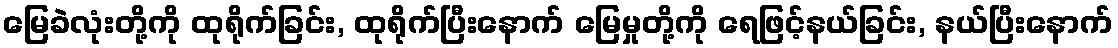
မြေခဲလုံးတို့ကို ထုရိုက်ခြင်း, ထုရိုက်ပြီးနောက် မြေမှုတို့ကို ရေဖြင့်နယ်ခြင်း, နယ်ပြီးနောက်